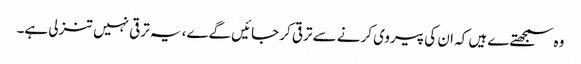
وہ سمجھتےے ہیں کہ ان کی پیروی کرنے سے ترقی کر جائیں گےے، یہ ترقی نہیں تنزلی ہے۔